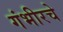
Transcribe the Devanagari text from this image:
गंभीरचे